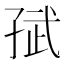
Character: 𭓈